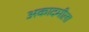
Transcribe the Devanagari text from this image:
अकादमीला